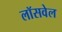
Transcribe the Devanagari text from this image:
लॉसवेल